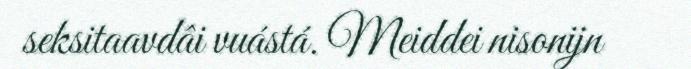
seksitaavdâi vuástá. Meiddei nisonijn